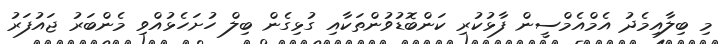
މި ބިލާއިމެދު އެމްއެމްސީން ފާޅުކުރި ކަންބޮޑުވުންތަކާއި ގުޅިގެން ބިލް ހުށަހެޅުއްވި މެންބަރު ޖައުފަރު